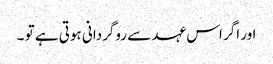
اور اگر اس عہد سے روگردانی ہوتی ہے تو ۔